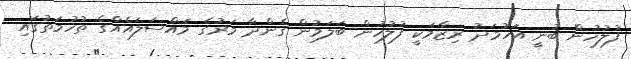
ފުލުހުން ބުނީ އަހުމަދު ރިޒާމަކީ ފުލުހުން ބަލަމުން ގެންދާ މަރުގެ މައްސަލައެއްގެ ތުހުމަތުގައި